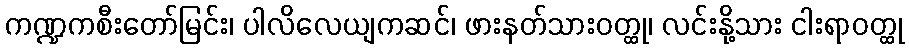
ကဏ္ဍကစီးတော်မြင်း၊ ပါလိလေယျကဆင်၊ ဖားနတ်သားဝတ္ထု၊ လင်းနို့သား ငါးရာဝတ္ထု